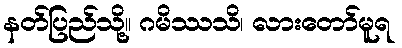
နတ်ပြည်သို့။ ဂမိဿသိ၊ လားတော်မူရ